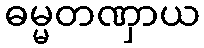
ဓမ္မတဏှာယ